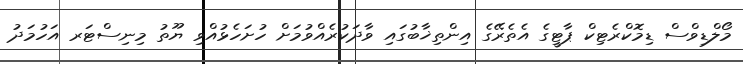
މޯލްޑިވްސް ޑިމޮކްރެޓިކް ޕާޓީގެ އެތެރޭގެ އިންތިޚާބުގައި ވާދަކުރެއްވުމަށް ހުށަހެޅުއްވި ޔޫތު މިނިސްޓަރ އަހުމަދު